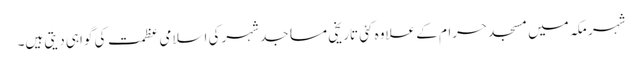
شہر مکہ میں مسجد حرام کے علاوہ کئی تاریخی مساجد شہرکی اسلامی عظمت کی گواہی دیتی ہیں۔